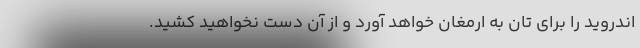
اندروید را برای تان به ارمغان خواهد آورد و از آن دست نخواهید کشید.